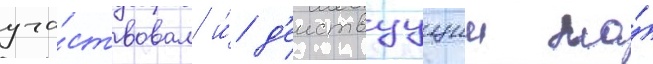
уча́ствовал и́ д'еиствуущии на́